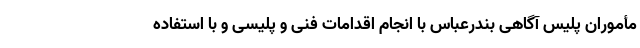
مأموران پلیس آگاهی بندرعباس با انجام اقدامات فنی و پلیسی و با استفاده